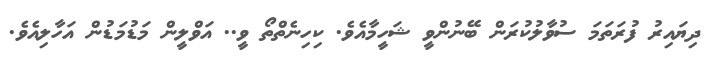
ދިޔައިރު ފުރަތަމަ ސުވާލުކުރަން ބޭނުންވީ ޝަހީމާއެވެ. ކިހިނެތްތޯ ވީ.. އަވްލީން މަޑުމަޑުން އަހާލިއެވެ.